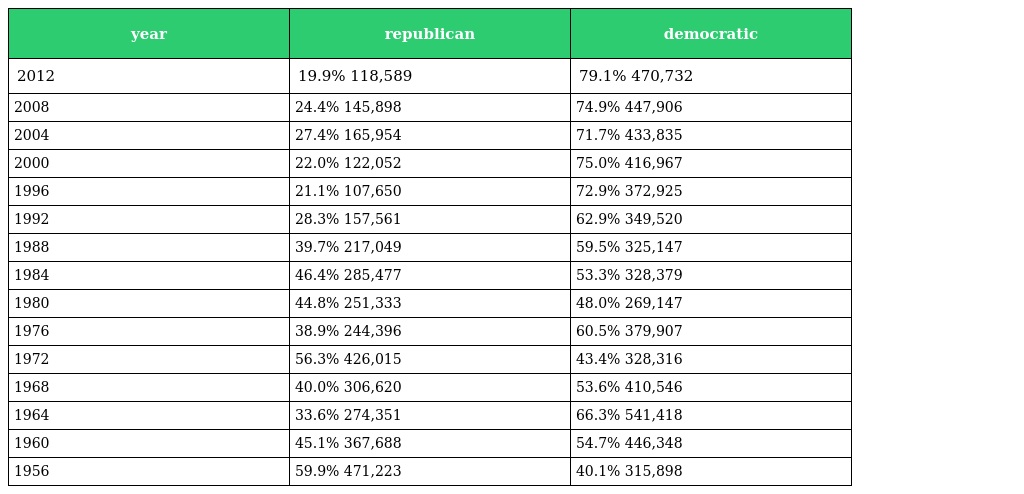
| year | republican | democratic |
 | --- | --- | --- |
 | 2012 | 19.9% 118,589 | 79.1% 470,732 |
 | 2008 | 24.4% 145,898 | 74.9% 447,906 |
 | 2004 | 27.4% 165,954 | 71.7% 433,835 |
 | 2000 | 22.0% 122,052 | 75.0% 416,967 |
 | 1996 | 21.1% 107,650 | 72.9% 372,925 |
 | 1992 | 28.3% 157,561 | 62.9% 349,520 |
 | 1988 | 39.7% 217,049 | 59.5% 325,147 |
 | 1984 | 46.4% 285,477 | 53.3% 328,379 |
 | 1980 | 44.8% 251,333 | 48.0% 269,147 |
 | 1976 | 38.9% 244,396 | 60.5% 379,907 |
 | 1972 | 56.3% 426,015 | 43.4% 328,316 |
 | 1968 | 40.0% 306,620 | 53.6% 410,546 |
 | 1964 | 33.6% 274,351 | 66.3% 541,418 |
 | 1960 | 45.1% 367,688 | 54.7% 446,348 |
 | 1956 | 59.9% 471,223 | 40.1% 315,898 |